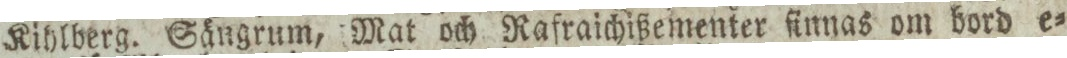
Kihlberg. Sängrum, Mat och Rafraichißementer finnas om bord e=